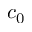
c _ { 0 }